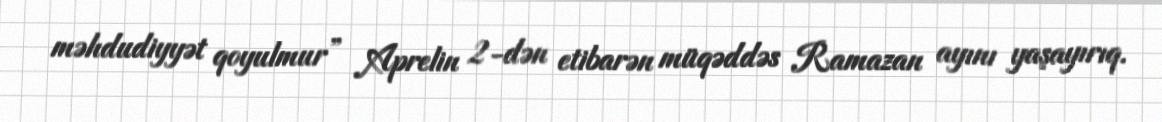
məhdudiyyət qoyulmur” Aprelin 2-dən etibarən müqəddəs Ramazan ayını yaşayırıq.